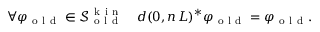
\begin{array} { r } { \forall \varphi _ { \mathrm { ~ o ~ l ~ d ~ } } \in \mathcal { S } _ { \mathrm { ~ o ~ l ~ d ~ } } ^ { \mathrm { ~ k ~ i ~ n ~ } } \quad d ( 0 , n \, L ) ^ { * } \varphi _ { \mathrm { ~ o ~ l ~ d ~ } } = \varphi _ { \mathrm { ~ o ~ l ~ d ~ } } . } \end{array}